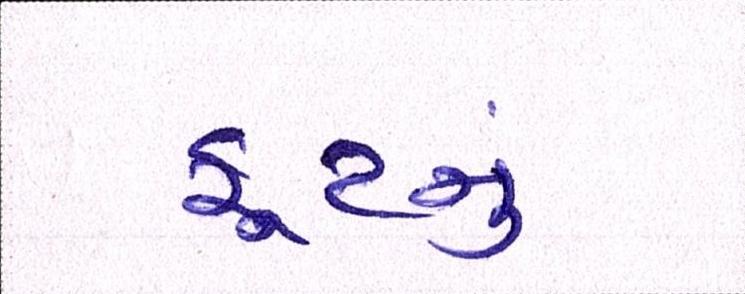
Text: ફૂટનું